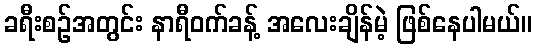
ခရီးစဉ်အတွင်း နာရီဝက်ခန့် အလေးချိန်မဲ့ ဖြစ်နေပါမယ်။